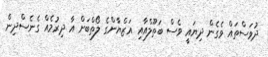
ދުވަސްތައް ވެގެން ދިޔައީ ވެސް ބަތޫލްއާއި އަޒްޔާންގެ ލޯތްބަށް އާ ދިރުމެއް ގެނެސްދިން